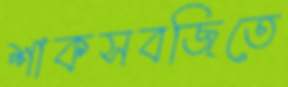
শাকসবজিতে